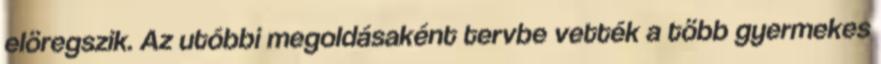
elöregszik. Az utóbbi megoldásaként tervbe vették a több gyermekes